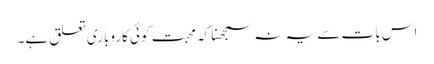
اس بات سے یہ نہ سمجھنا کہ محبت کوئی کاروباری تعلق ہے۔